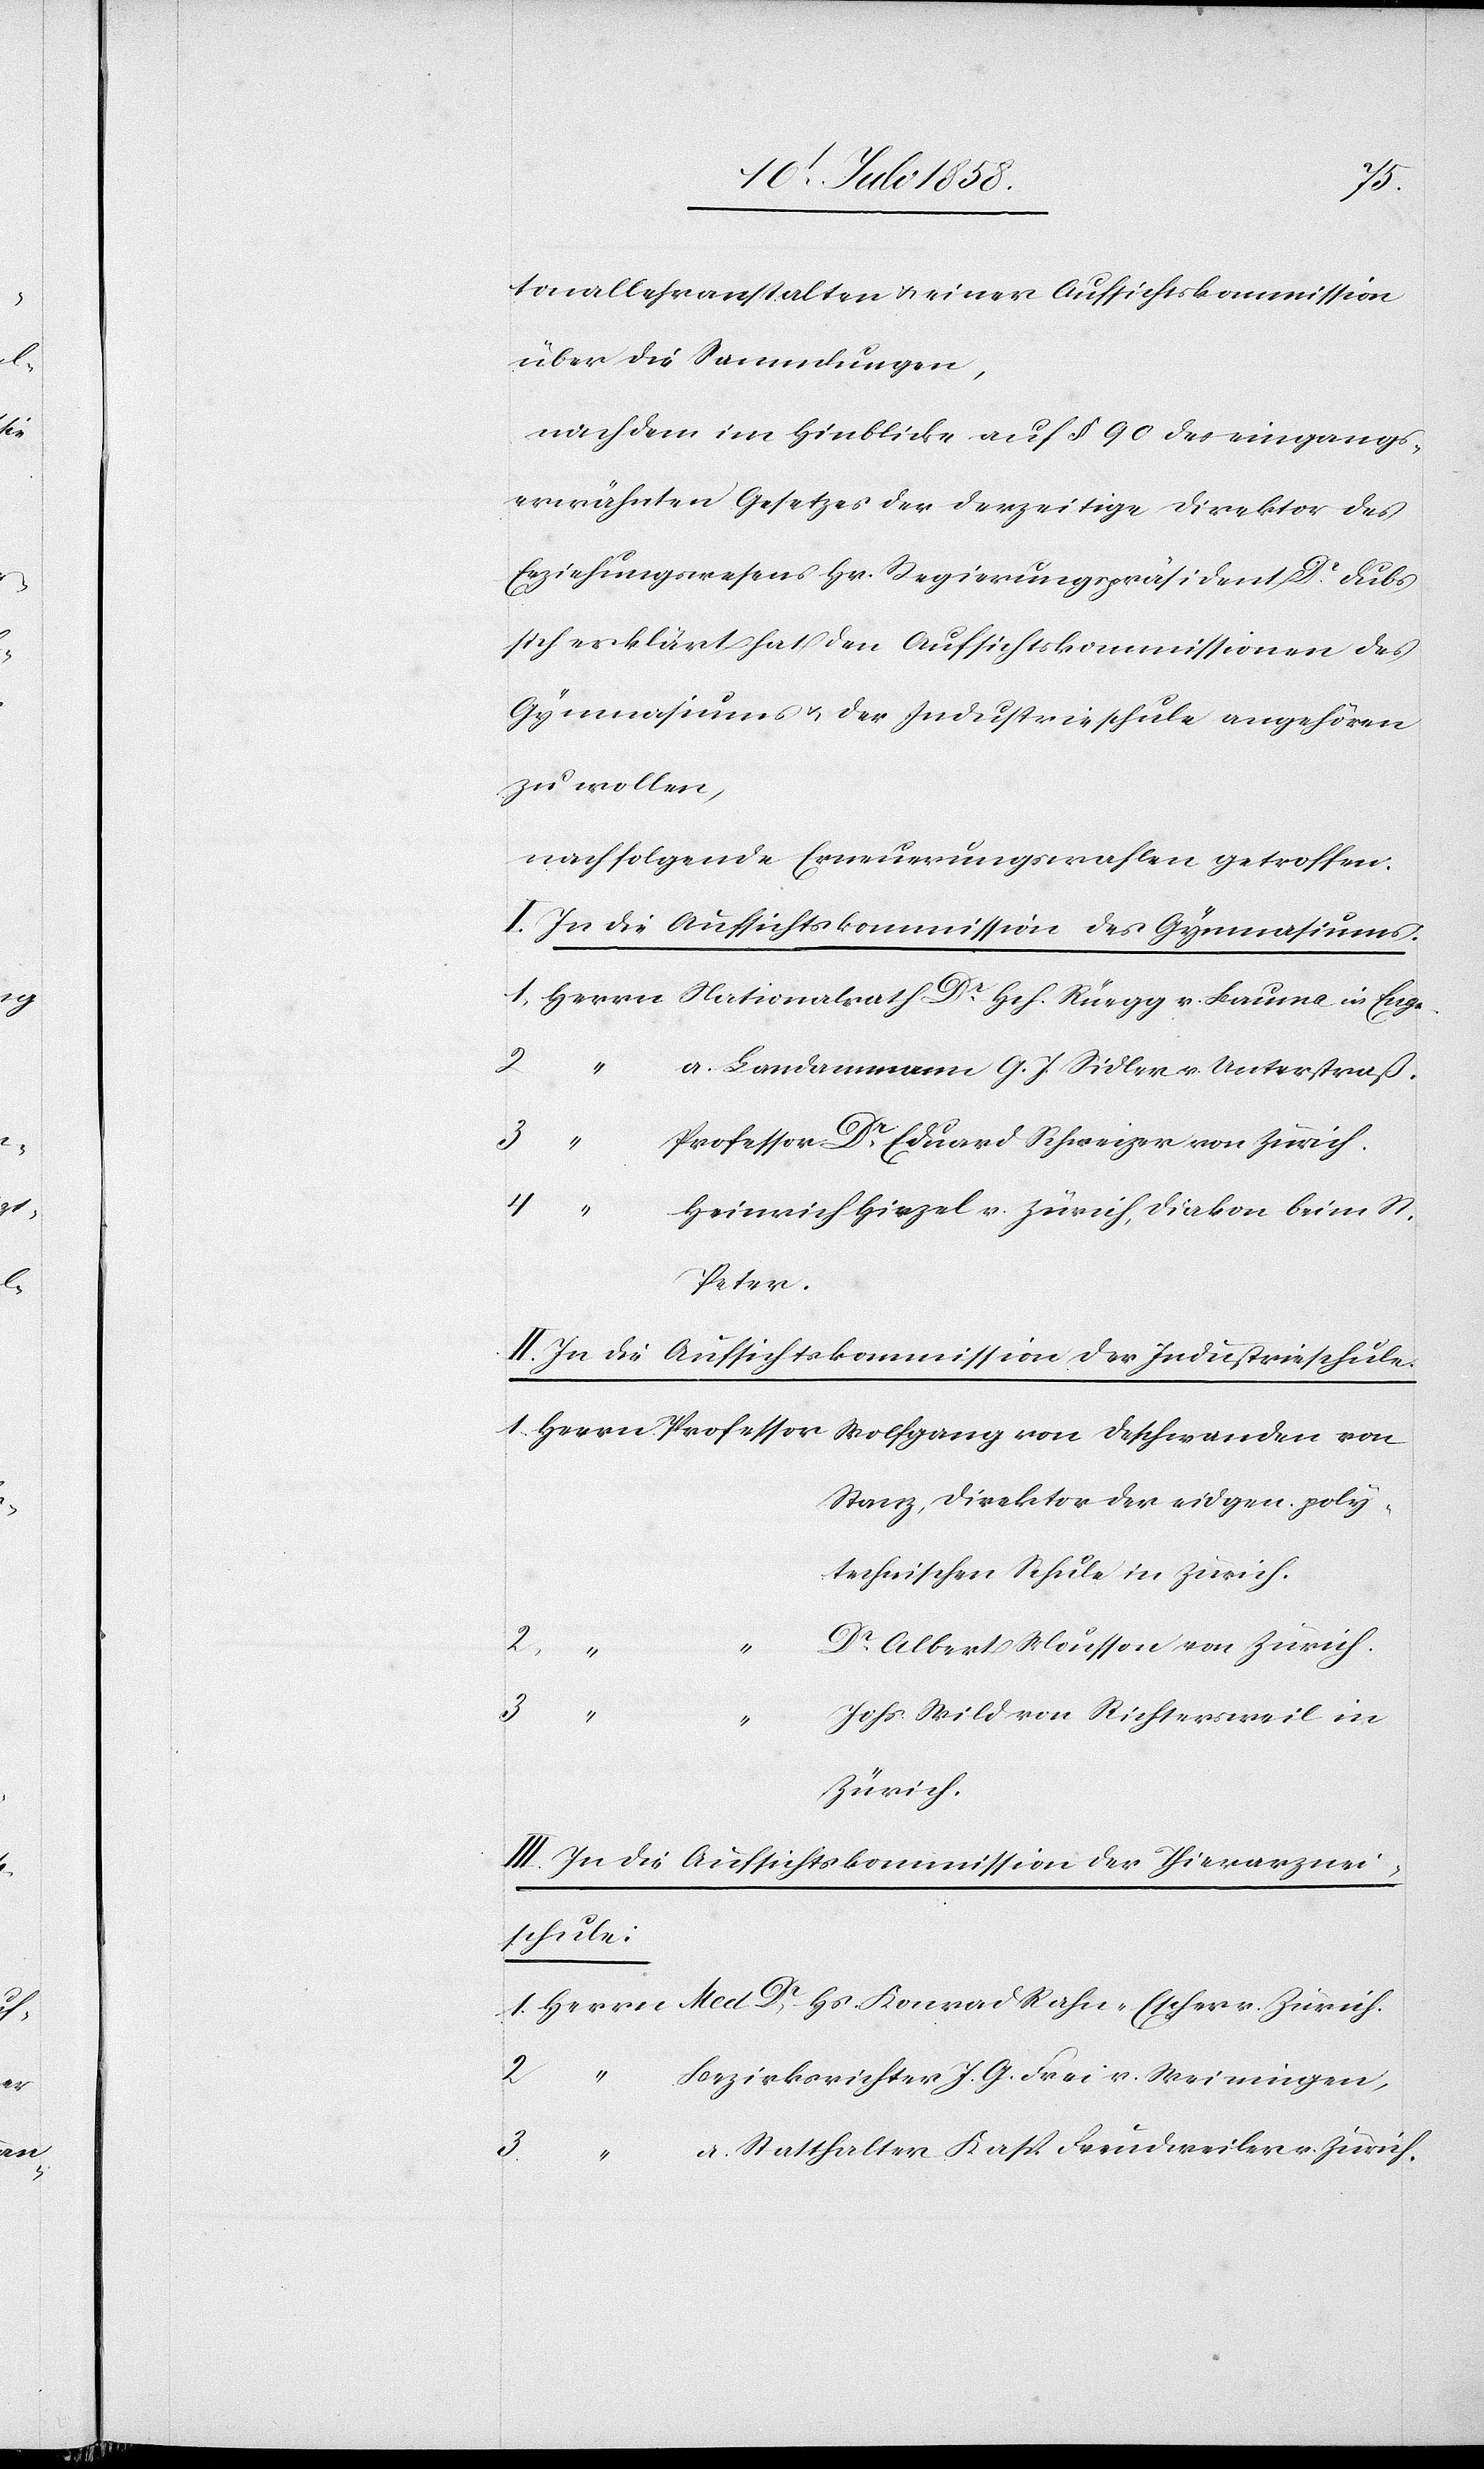
Dr.
tonallehranstalten & einer Aufsichtskommission
über die Sammlungen,
nachdem im Hinblicke auf § 90 des eingangs¬
erwähnten Gesetzes der derzeitige Direktor des
Erziehungswesens Hr. Regierungspräsident Dr. Dubs
sich erklärt hat den Aufsichtskommissionen des
Gymnasiums & der Industrieschule angehören
zu wollen,
nachfolgende Erneuerungswahlen getroffen:
I. In die Aufsichtskommission des Gymnasiums.
2.
“
a. Landammann G. J. Sidler v. Unterstraß.
Professor Dr. Eduard Schweizer von Zürich.
4.
Heinrich Hirzel v. Zürich, Diakon beim St.
Peter.
II. In die Aufsichtskommission der Industrieschule.
Stanz, Direktor der eidgen. poly¬
technischen Schule in Zürich.
Dr. Albert Mousson von Zürich.
Hs.
v.
Johs. Wild von Richtersweil in
Zürich.
III. In die Aufsichtskommission der Thierarznei¬
schule:
2.
Bezirksrichter J. G. Frei v. Weiningen,
3.
a. Statthalter Kasp. Freudweiler v. Zürich.